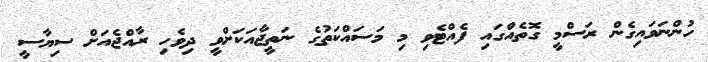
ހުންނަވައިގެން ރަސްމީ ގޮތެއްގައި ފެއްޓެވި މި މަސައްކަތުގެ ނަތީޖާއަކަށްވީ ދިވެހި ރާއްޖެއަށް ސިޔާސީ